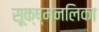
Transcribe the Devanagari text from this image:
सूक्ष्मनलिका